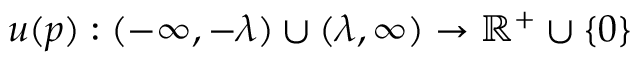
u ( p ) : ( - \infty , - \lambda ) \cup ( \lambda , \infty ) \rightarrow \mathbb { R } ^ { + } \cup \{ 0 \}